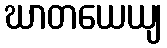
ဃာတယေယျ